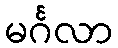
မင်္ဂလာ